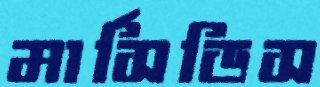
মার্সিডিস